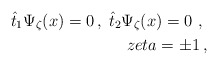
\begin{align*}\hat{t}_{1}\Psi _{\zeta }(x)=0\,,\;\hat{t}_{2}\Psi _{\zeta }(x)=0\,\,,\;\\zeta =\pm 1\,, \end{align*}